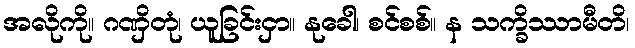
အလိုကို။ ဂဏှိတုံ၊ ယူခြင်းငှာ။ နုခေါ၊ စင်စစ်။ န သက္ခိဿာမီတိ၊